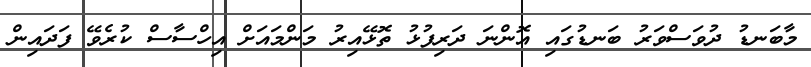
މާބަނޑު ދުވަސްވަރު ބަނޑުގައި އޮންނަ ދަރިފުޅު ތޮޅޭއިރު މަންމައަށް އިހްސާސް ކުރެވޭ ފަދައިން